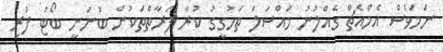
ނަމަވެސް އެމްއެޗް ގެއްލުނު މައްސަލަ ތަހުގީގު ކުރާ ފަރާތްތަކުން ބުނަނީ ބޯޓު ފުރި